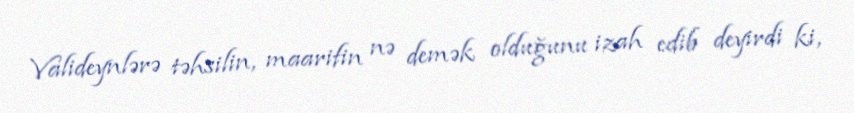
Valideynlərə təhsilin, maarifin nə demək olduğunu izah edib deyirdi ki,